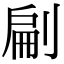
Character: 㓲